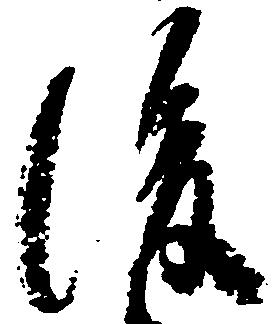
後